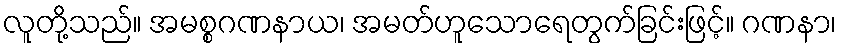
လူတို့သည်။ အမစ္စဂဏနာယ၊ အမတ်ဟူသောရေတွက်ခြင်းဖြင့်။ ဂဏနာ၊